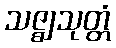
သဇ္ဈသုတ္တံ